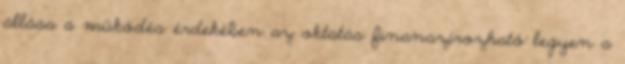
állása a működés érdekében az oktatás finanszírozható legyen a